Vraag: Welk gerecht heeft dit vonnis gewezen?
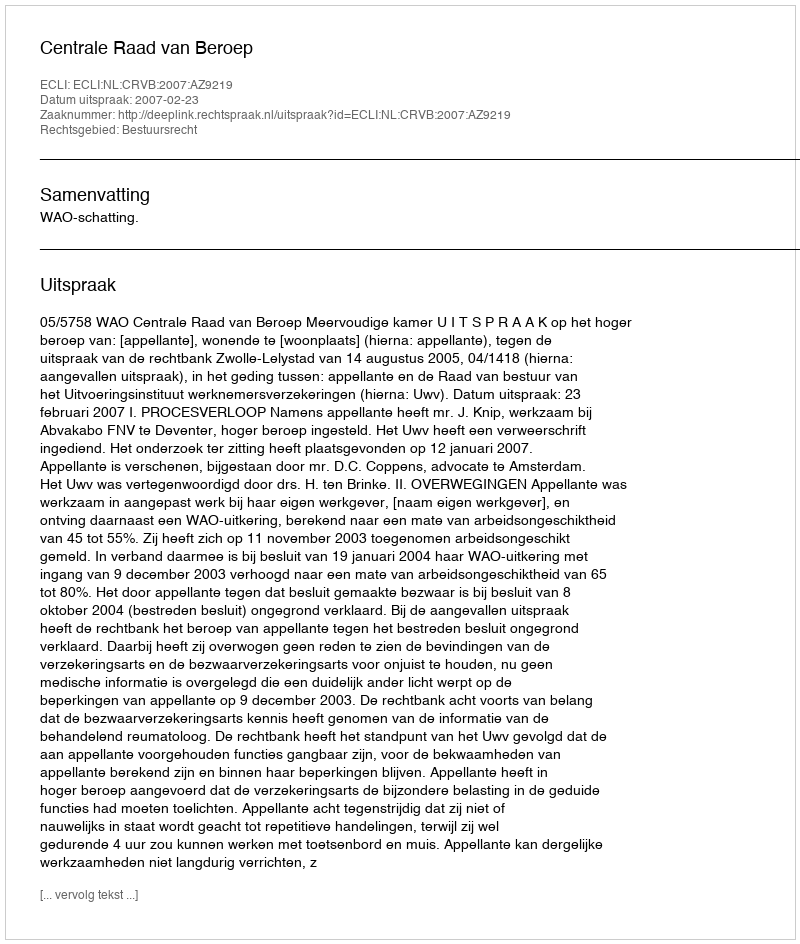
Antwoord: Centrale Raad van Beroep